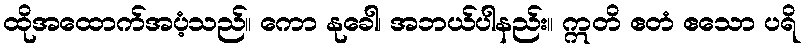
ထိုအထောက်အပံ့သည်။ ကော နုခေါ၊ အဘယ်ပါနည်း။ ဣတိ ဧတံ ဧသော ပရိ